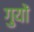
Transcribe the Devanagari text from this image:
गुयों